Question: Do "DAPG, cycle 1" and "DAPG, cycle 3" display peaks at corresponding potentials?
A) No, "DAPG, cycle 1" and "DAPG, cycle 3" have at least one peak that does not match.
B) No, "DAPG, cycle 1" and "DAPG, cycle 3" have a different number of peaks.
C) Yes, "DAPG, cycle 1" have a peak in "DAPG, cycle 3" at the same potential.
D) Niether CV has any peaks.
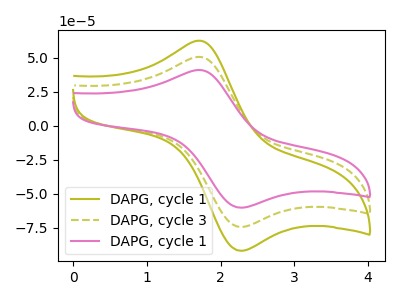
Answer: <think>The olive curve "DAPG, cycle 1" has an anodic peak at (1.75V, 100.80uA) and a cathodic peak at (2.30V, -148.45uA). The olive dashed curve "DAPG, cycle 3" has an anodic peak at (1.75V, 50.40uA) and a cathodic peak at (2.30V, -74.25uA). The pink curve "DAPG, cycle 1" has an anodic peak at (1.75V, 40.80uA) and a cathodic peak at (2.30V, -60.10uA).</think>
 <answer>C) Yes, "DAPG, cycle 1" have a peak in "DAPG, cycle 3" at the same potential.</answer>
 <eval>C</eval>